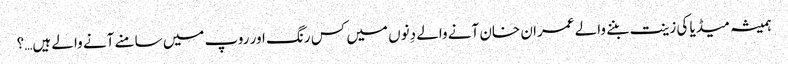
ہمیشہ میڈیا کی زینت بننے والے عمران خان آنے والے دِنوں میں کس رنگ اور روپ میں سامنے آنے والے ہیں…؟